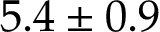
5 . 4 \pm 0 . 9